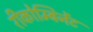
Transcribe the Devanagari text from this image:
रीकोम्बिनेंट